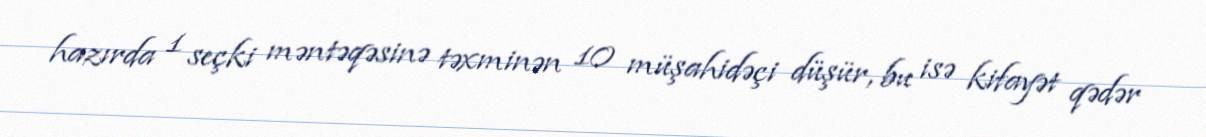
hazırda 1 seçki məntəqəsinə təxminən 10 müşahidəçi düşür, bu isə kifayət qədər